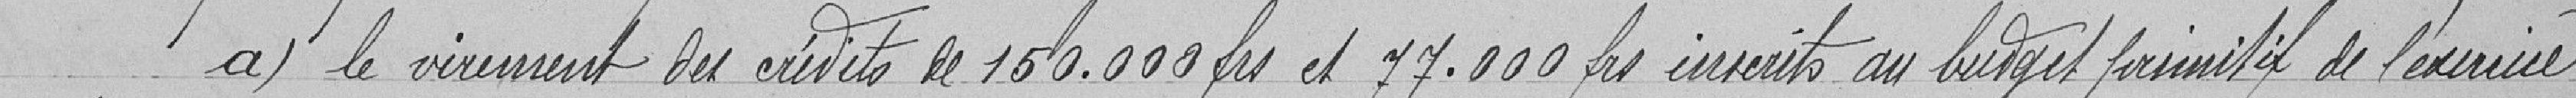
a) le virement des crédits de 150.000 francs et 77.000 francs inscrits au budget primitif de l'exercice